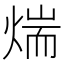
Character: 煓